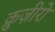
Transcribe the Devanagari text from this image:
क्रुज़ीरो